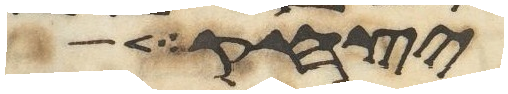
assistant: יצחק